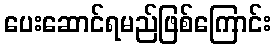
ပေးဆောင်ရမည်ဖြစ်ကြောင်း